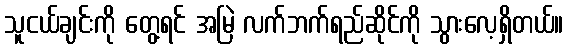
သူငယ်ချင်းကို တွေ့ရင် အမြဲ လက်ဘက်ရည်ဆိုင်ကို သွားလေ့ရှိတယ်။